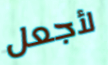
لأجعل